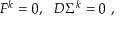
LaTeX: F ^ { k } = 0 , ~ ~ D \Sigma ^ { k } = 0 \ ,